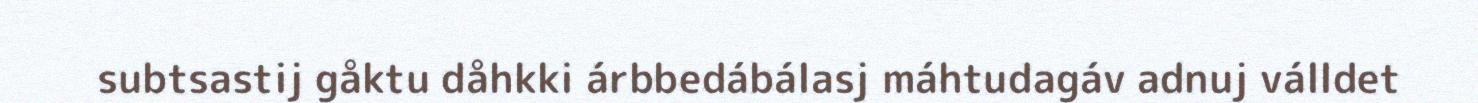
subtsastij gåktu dåhkki árbbedábálasj máhtudagáv adnuj válldet